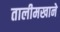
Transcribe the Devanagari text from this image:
तालीमखाने